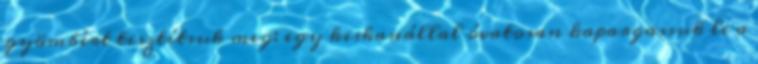
gyömbért tisztítsuk meg: egy kiskanállal óvatosan kapargassuk le a